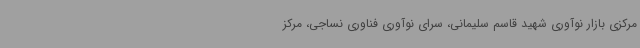
مرکزی بازار نوآوری شهید قاسم سلیمانی، سرای نوآوری فناوری نساجی، مرکز